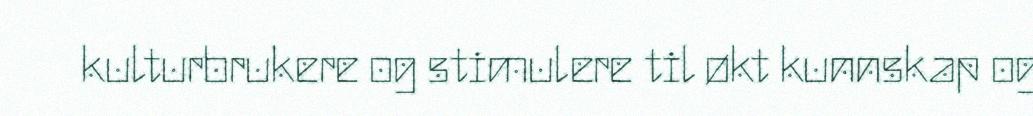
kulturbrukere og stimulere til økt kunnskap og